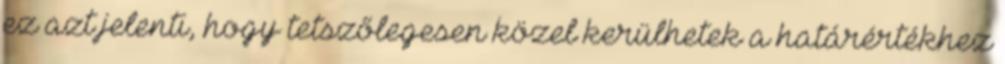
ez azt jelenti, hogy tetszőlegesen közel kerülhetek a határértékhez